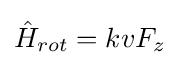
{\hat {H}}_{rot}=kvF_{z}